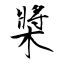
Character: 槳